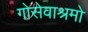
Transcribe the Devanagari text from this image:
गोसेवाश्रमो